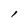
Character: l